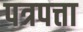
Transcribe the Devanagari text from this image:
पत्रपत्ता